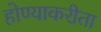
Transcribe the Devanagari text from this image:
होण्याकरीता